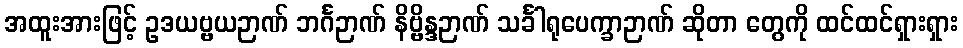
အထူးအားဖြင့် ဥဒယဗ္ဗယဉာဏ် ဘင်္ဂဉာဏ် နိဗ္ဗိန္ဒဉာဏ် သင်္ခါရုပေက္ခာဉာဏ် ဆိုတာ တွေကို ထင်ထင်ရှားရှား